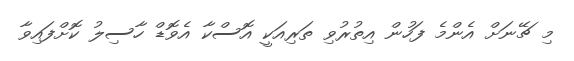
މި ޗޭނަށް އެންމެ ފަހުން އިތުރުވި ތަރިއަކީ އޮސްކާ އެވޮޑް ހާސިލު ކޮށްފައިވާ